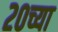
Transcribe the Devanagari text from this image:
२०च्या